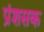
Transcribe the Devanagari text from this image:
प्रंशसक